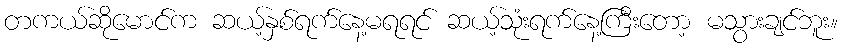
တကယ်ဆိုမောင်က ဆယ့်နှစ်ရက်နေ့မရရင် ဆယ့်သုံးရက်နေ့ကြီးတော့ မသွားချင်ဘူး။